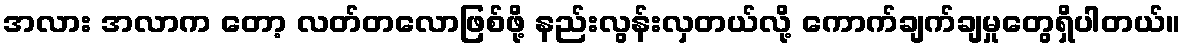
အလား အလာက တော့ လတ်တလောဖြစ်ဖို့ နည်းလွန်းလှတယ်လို့ ကောက်ချက်ချမှုတွေရှိပါတယ်။